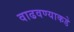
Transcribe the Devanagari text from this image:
वाढवण्याकडे